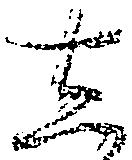
し